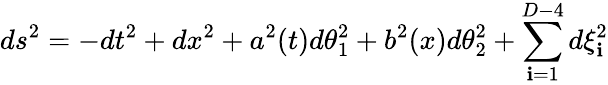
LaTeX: ds^{2}=-dt^{2}+dx^{2}+a^{2}(t)d\theta_{1}^{2}+b^{2}(x)d\theta_{2}^{2}+\sum_{\mathbf{i}=1}^{D-4}d\xi_{\mathbf{i}}^{2}